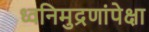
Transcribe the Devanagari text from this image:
ध्वनिमुद्रणांपेक्षा